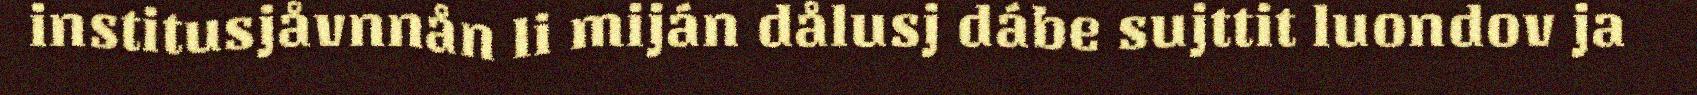
institusjåvnnån li miján dålusj dábe sujttit luondov ja